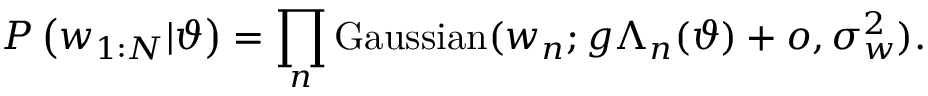
P \left( w _ { 1 : N } | \vartheta \right) = \prod _ { n } \mathrm { G a u s s i a n } ( w _ { n } ; g \Lambda _ { n } ( \vartheta ) + o , \sigma _ { w } ^ { 2 } ) .